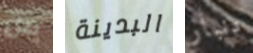
من البدينة دنبار